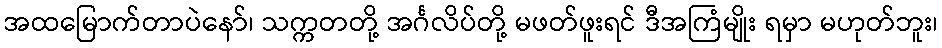
အထမြောက်တာပဲနော်၊ သက္ကတတို့ အင်္ဂလိပ်တို့ မဖတ်ဖူးရင် ဒီအကြံမျိုး ရမှာ မဟုတ်ဘူး၊